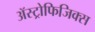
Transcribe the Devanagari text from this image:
ॲस्ट्रोफिजिक्स